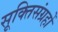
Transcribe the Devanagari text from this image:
सूक्तिसंग्रहों